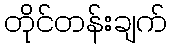
တိုင်တန်းချက်